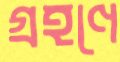
গ্রহণে